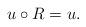
LaTeX: \begin{align*} u \circ R = u.\end{align*}